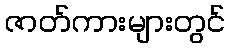
ဇာတ်ကားများတွင်